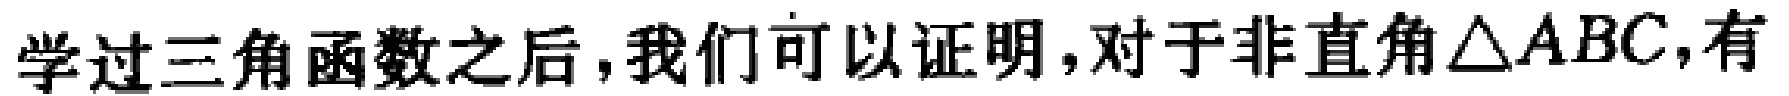
学过三角函数之后，我们可以证明，对于非直角\(\triangle ABC\)，有